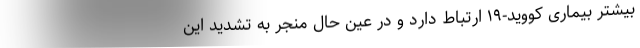
بیشتر بیماری کووید-۱۹ ارتباط دارد و در عین حال منجر به تشدید این